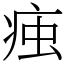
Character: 痋